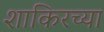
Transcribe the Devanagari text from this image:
शाकिरच्या